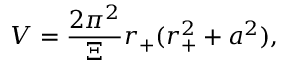
V = \frac { 2 \pi ^ { 2 } } { \Xi } r _ { + } ( r _ { + } ^ { 2 } + a ^ { 2 } ) ,